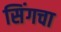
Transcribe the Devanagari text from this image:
सिंगचा